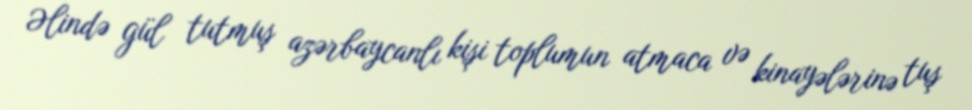
Əlində gül tutmuş azərbaycanlı kişi toplumun atmaca və kinayələrinə tuş